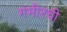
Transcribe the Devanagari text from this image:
गंभीरची